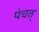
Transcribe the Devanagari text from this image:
पंचत्‌